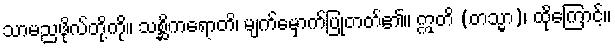
သာမညဖိုလ်တို့ကို။ သစ္ဆိကရောတိ၊ မျက်မှောက်ပြုတတ်၏။ ဣတိ (တသ္မာ)၊ ထိုကြောင့်။